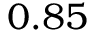
0 . 8 5